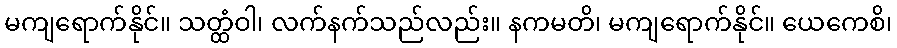
မကျရောက်နိုင်။ သတ္ထံဝါ၊ လက်နက်သည်လည်း။ နကမတိ၊ မကျရောက်နိုင်။ ယေကေစိ၊